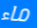
ماء